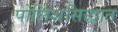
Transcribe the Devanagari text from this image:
पोलिशसिद्धांत